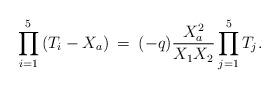
LaTeX: \begin{align*}\prod_{i=1}^5 \left( T_i - X_a \right) \: = \:(-q) \frac{ X_a^2 }{ X_1 X_2} \prod_{j=1}^5 T_j.\end{align*}